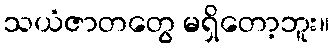
သယံဇာတတွေ မရှိတော့ဘူး။